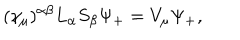
LaTeX: ( \gamma _ { \mu } ) ^ { \alpha \beta } L _ { \alpha } S _ { \beta } \Psi _ { + } = V _ { \mu } \Psi _ { + } ,